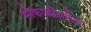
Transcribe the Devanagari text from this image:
मोकाशींवरील